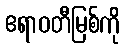
ဧရာဝတီမြစ်ကို